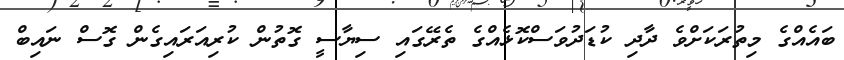
ބައެއްގެ މިތުރަކަށްވެ ދާދި ކުޑަދުވަސްކޮޅެއްގެ ތެރޭގައި ސިޔާސީ ގޮތުން ކުރިއަރައިގެން ގޮސް ނައިބް